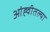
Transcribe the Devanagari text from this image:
आंह्वीतल्या